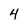
Character: 4